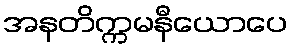
အနတိက္ကမနီယောပေ